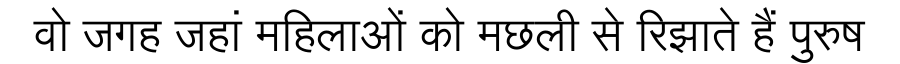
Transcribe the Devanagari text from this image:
वो जगह जहां महिलाओं को मछली से रिझाते हैं पुरुष